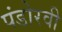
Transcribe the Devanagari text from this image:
पंडोरवी